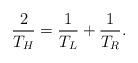
LaTeX: \begin{align*}{2\over T_H} = {1\over T_L} + {1\over T_R}.\end{align*}